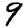
Digit: 9